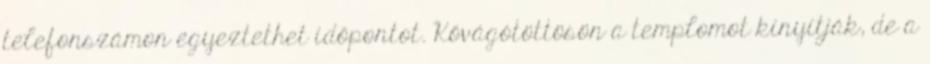
telefonszámon egyeztethet időpontot. Kővágótöttösön a templomot kinyitják, de a